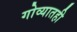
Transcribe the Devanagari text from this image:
गोव्यातही